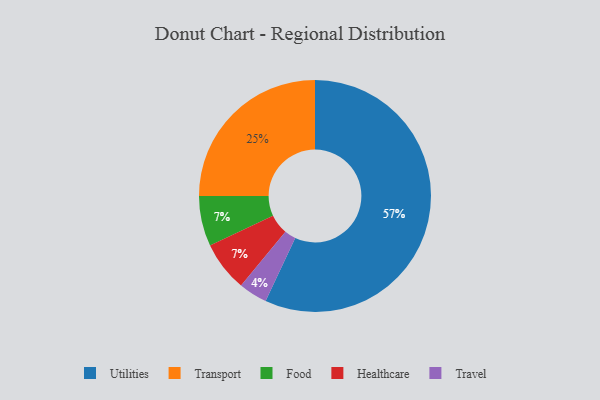
{"axis": {"x": "Category", "y": "Percentage"}, "legend": ["Food", "Healthcare", "Transport", "Travel", "Utilities"], "data": [{"x": "Food", "y": 7, "type": "Food"}, {"x": "Utilities", "y": 57, "type": "Utilities"}, {"x": "Healthcare", "y": 7, "type": "Healthcare"}, {"x": "Transport", "y": 25, "type": "Transport"}, {"x": "Travel", "y": 4, "type": "Travel"}]}